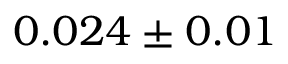
0 . 0 2 4 \pm 0 . 0 1